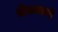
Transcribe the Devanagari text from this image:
भेकराची